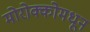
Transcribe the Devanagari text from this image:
मोरोक्कोमधून